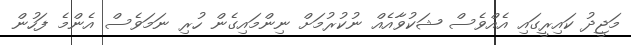
މަޖީދު ކައިރީގައި އެއްވެސް ޝަކުވާއެއް ނުކުރުމަށް ނިންމައިގެން ހުރި ނަމަވެސް އެންމެ ފަހުން